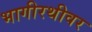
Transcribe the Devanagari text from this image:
भागीरथीवर